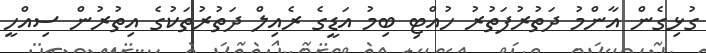
ގުޅިގެން އާންމު ދަތުރުފަތުރު ހުއްޓި ބިމު އަޑީގެ ރެއިލް ދަތުރުތަކުގެ އިތުރުން ސިއްހީ